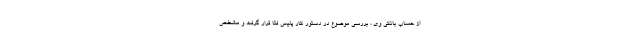
از حساب بانکی وی ، بررسی موضوع در دستور کار پلیس فتا قرار گرفت و مشخص